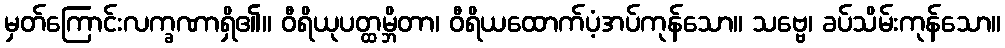
မှတ်ကြောင်းလက္ခဏာရှိ၏။ ဝီရိယုပတ္ထမ္ဘိတာ၊ ဝီရိယထောက်ပံ့အပ်ကုန်သော။ သဗ္ဗေ၊ ခပ်သိမ်းကုန်သော။